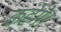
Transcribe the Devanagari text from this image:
कहेगे।